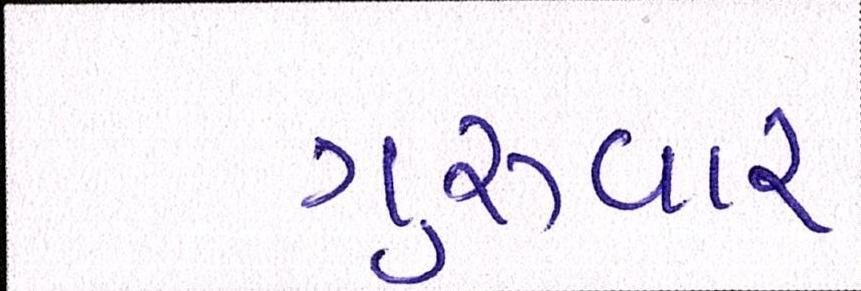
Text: ગુરુવાર